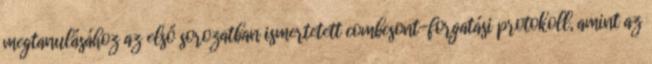
megtanulásához az első sorozatban ismertetett combcsont-forgatási protokoll, amint az